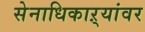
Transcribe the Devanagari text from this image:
सेनाधिकाऱ्यांवर